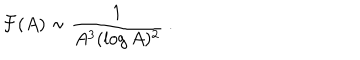
LaTeX: { \cal F } ( A ) \sim { \frac { 1 } { A ^ { 3 } ( \log A ) ^ { 2 } } } \ .